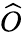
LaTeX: \widehat{O}